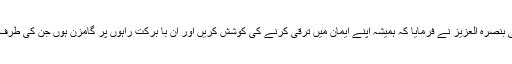
حضور انور ایدہ اللہ تعالیٰ بنصرہ العزیز نے فرمایا کہ ہمیشہ اپنے ایمان میں ترقی کرنے کی کوشش کریں اور ان با برکت راہوں پر گامزن ہوں جن کی طرف اللہ تعالیٰ ہمیں بلا تاہے۔